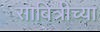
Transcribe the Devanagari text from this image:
साबित्रीच्या